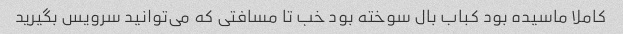
کاملا ماسیده بود کباب بال سوخته بود خب تا مسافتی که می‌توانید سرویس بگیرید